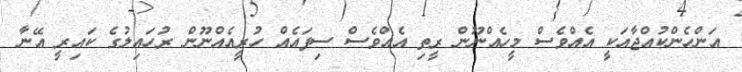
އަންހެންކުއްޖާއަކީ އެއްވެސް މީހެއްނޫން ރީތި އެއްވެސް ސިފައެއް ހުރީއެއްނޫން ރުހައިލުގެ ކައިރީ އޭނާ